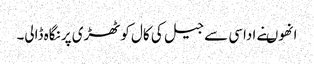
انھوںنے اداسی سے جیل کی کال کوٹھڑی پر نگاہ ڈالی۔